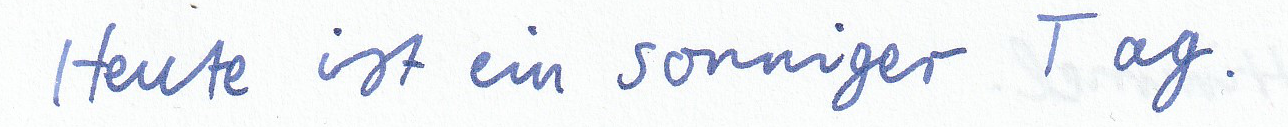
Heute ist ein sonniger Tag.